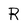
Character: R